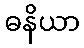
ဓနိယာ